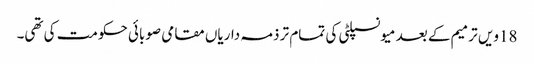
18ویں ترمیم کے بعد میونسپلٹی کی تمام تر ذمہ داریاں مقامی صوبائی حکومت کی تھی۔